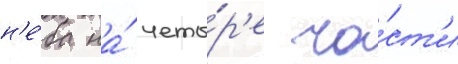
н'е́ба на́ четы́р'е ча́ст'и